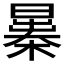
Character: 𣊻